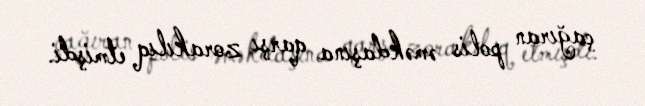
çağıran polis əməkdaşına qarşı zorakılıq etmişdi.